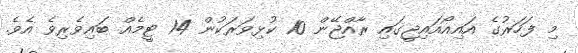
މި ފަހަރުގެ އައިއޯއައިޖީގައި ރާއްޖޭން 10 ކުޅިވަރަކުން 14 ޓީމެއް ބައިވެރިވެ އެވެ.